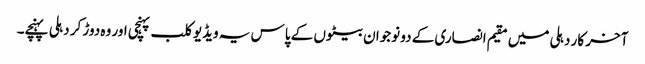
آخر کار دہلی میں مقیم انصاری کے دو نوجوان بیٹوں کے پاس یہ ویڈیو کلب پہنچی اور وہ دوڑ کر دہلی پہنچے۔